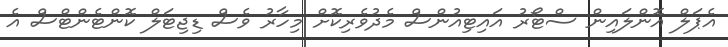
އެޕަލް އޮންލައިން ސްޓޯރު އައިޓިއުންސް މެދުވެރިކޮށް މިހާރު ވެސް ޑިޖިޓަލް ކޮންޓެންޓްސް އެ